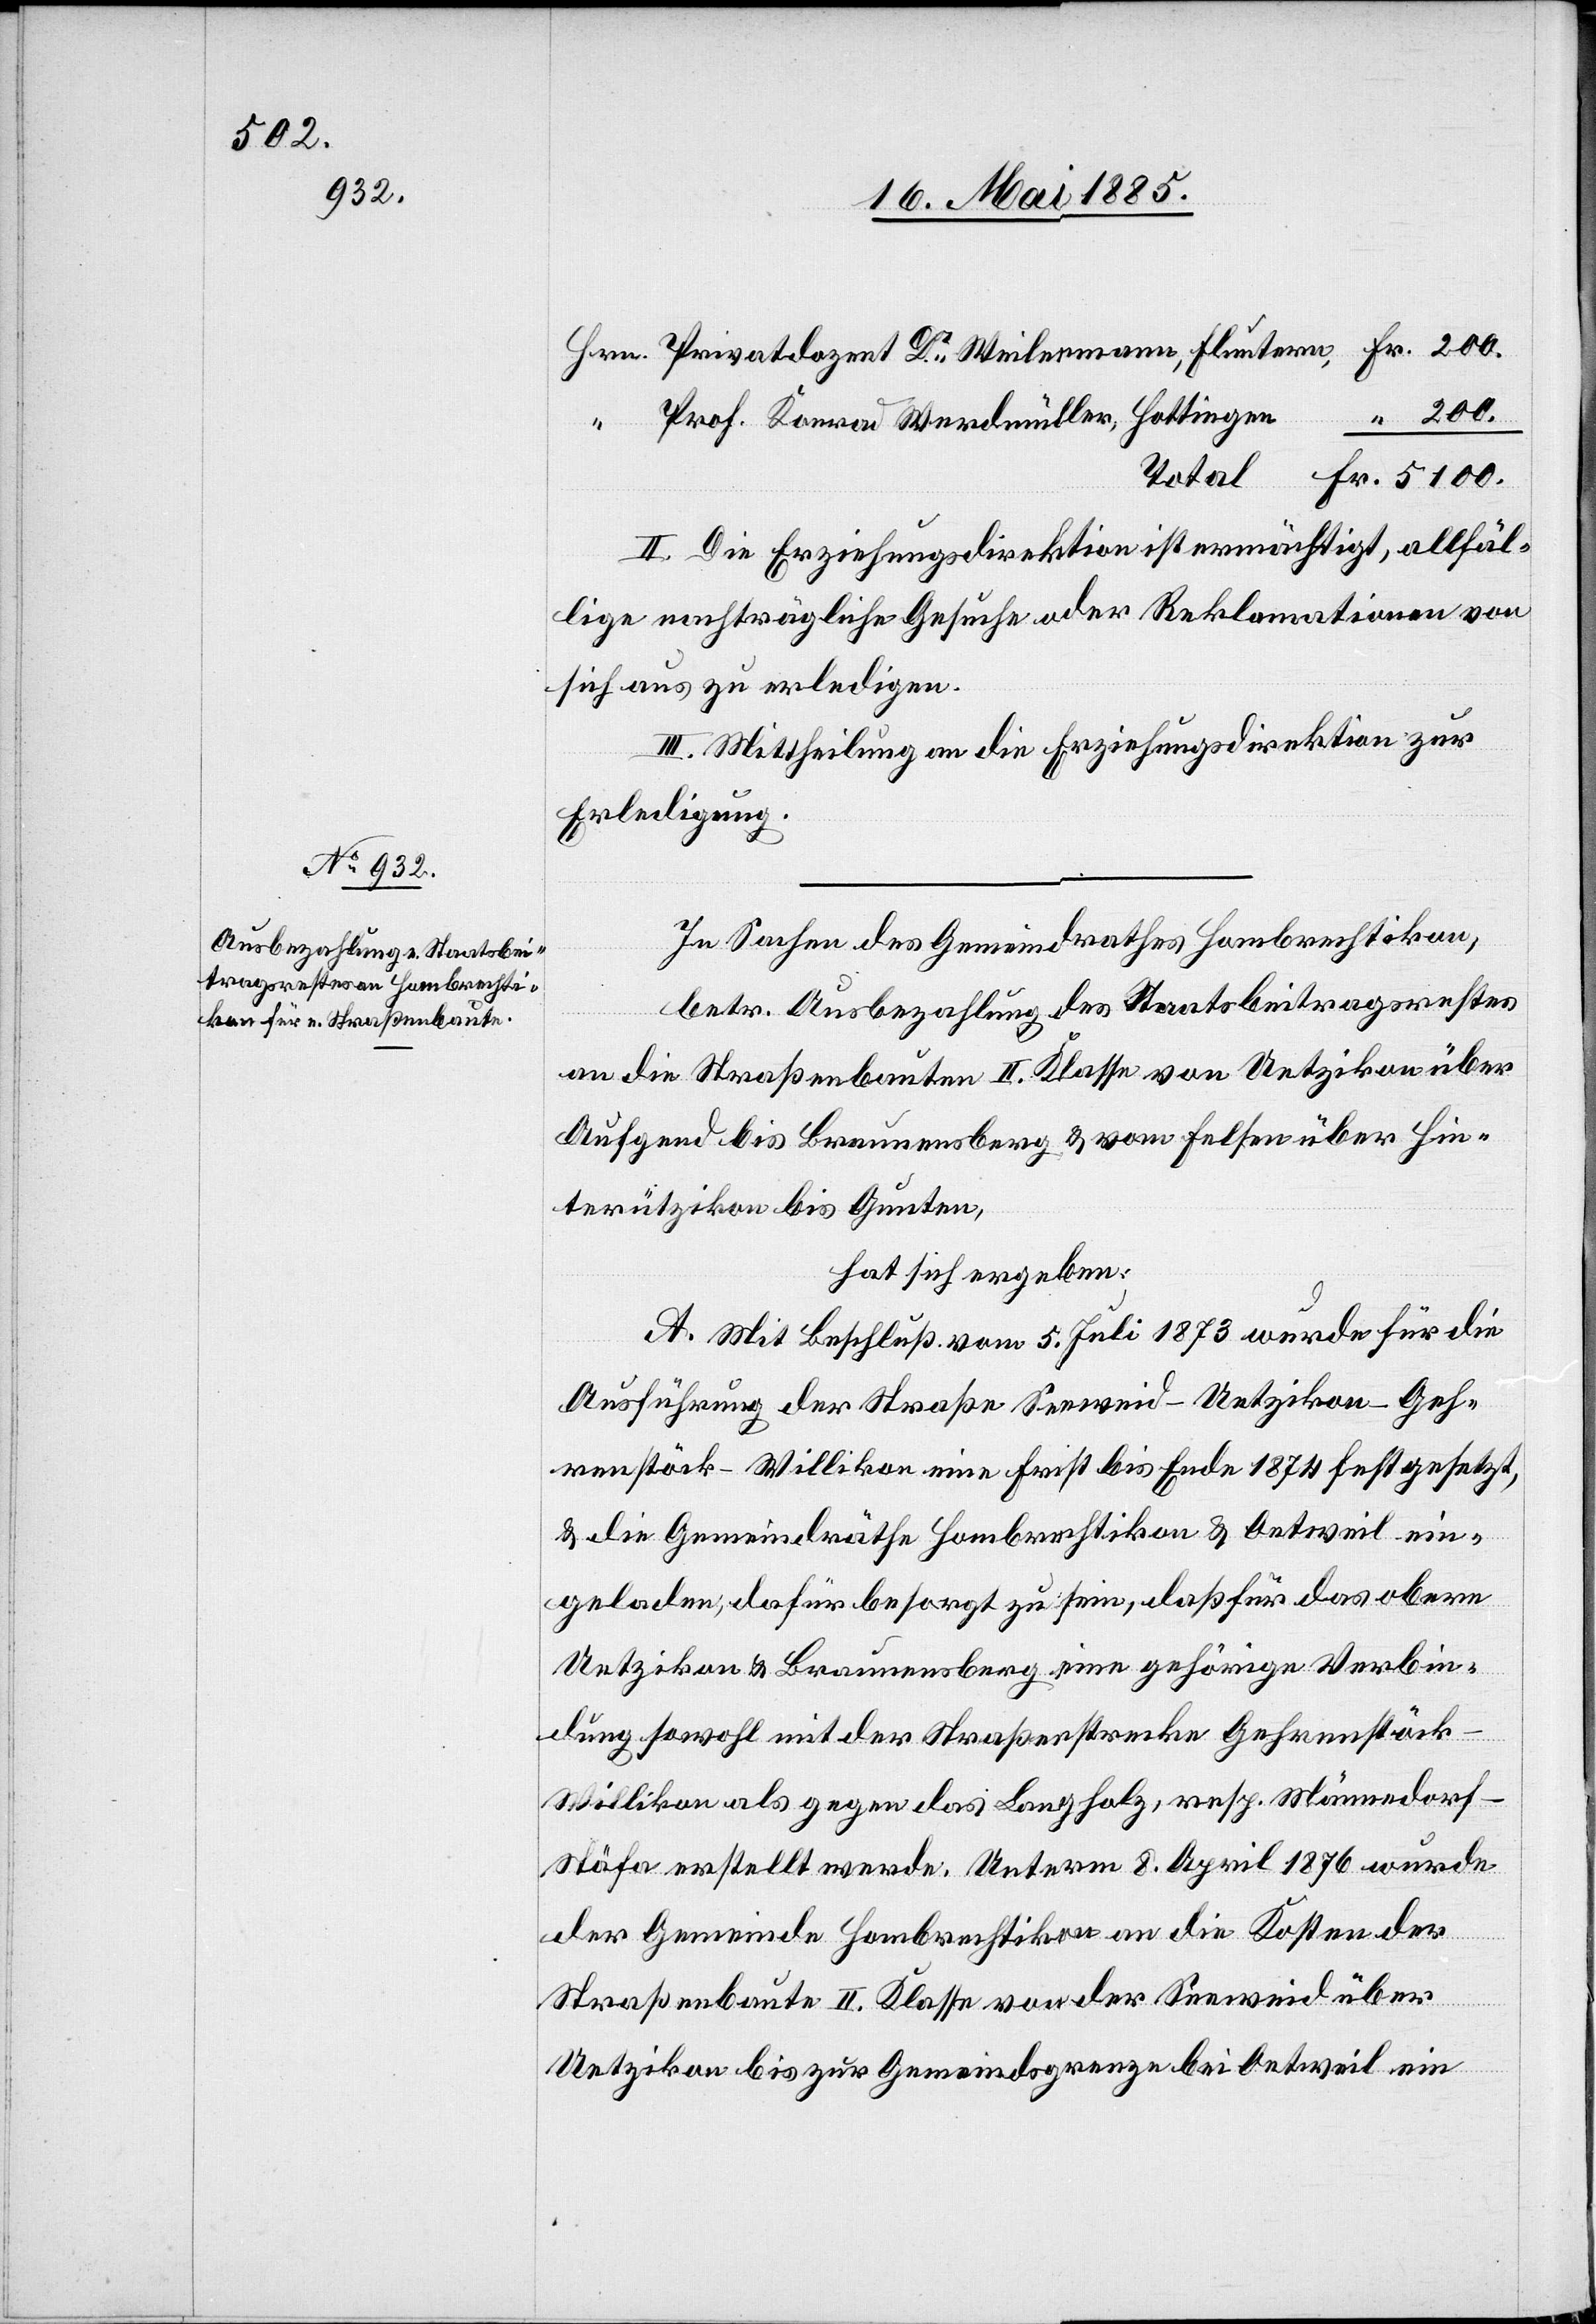
II. Die Erziehungsdirektion ist ermächtigt, allfäl¬
lige nachträgliche Gesuche oder Reklamationen von
sich aus zu erledigen.
III. Mittheilung an die Erziehungsdirektion zur
Erledigung.
In Sachen des Gemeindrathes Hombrechtikon,
betr. Ausbezahlung des Staatsbeitragsrestes
Fr.
an die Straßenbauten II. Klasse von Uetzikon über
Aufgend bis Braunensberg & vom Felsen über Hin¬
terützikon bis Gunten,
hat sich ergeben:
A. Mit Beschluß vom 5. Juli 1873 wurde für die
Ausführung der Straße Seeweid–Uetzikon–Geh¬
renstöck–Willikon eine Frist bis Ende 1874 festgesetzt,
& die Gemeindräthe Hombrechtikon & Oetweil ein¬
geladen, dafür besorgt zu sein, daß für das obere
Uetzikon & Braunensberg eine gehörige Verbin¬
dung sowohl mit der Straßenstrecke Gehrenstöck–W¬
illikon als gegen das Langholz, resp. Männedor¬
f–Stäfa erstellt werde. Unterm 8. April 1876 wurde
der Gemeinde Hombrechtikon an die Kosten der
Straßenbaute II. Klasse von der Seeweid über
Uetzikon bis zur Gemeindsgrenze bei Oetweil ein